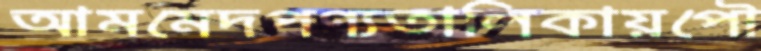
আমমেদপণ্যতালিকায়পৌ